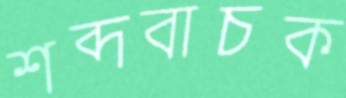
শব্দবাচক